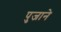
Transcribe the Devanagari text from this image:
पुजाने